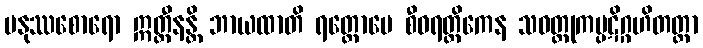
မနုဿစောရော ဣတ္ထီနန္တိ ဘာယထာတိ ရတ္တောပေ စီဝရတ္ထိကေန သဝတ္ထုကပ္ပဋိဂ္ဂဟိတတ္တာ